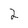
Character: 2